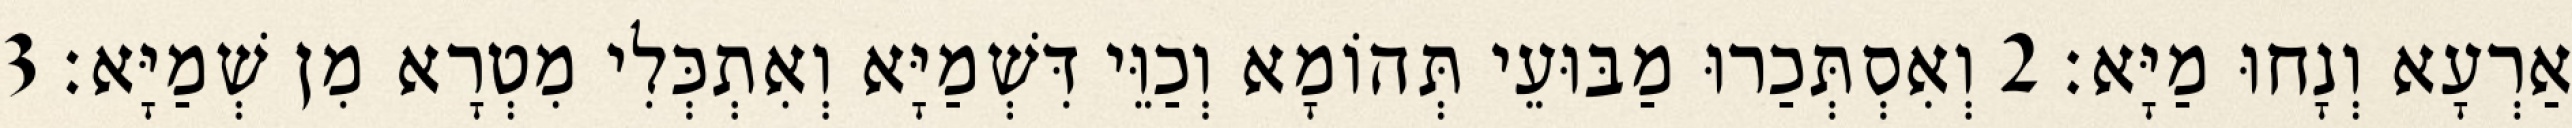
אַרְעָא וְנָחוּ מַיָּא׃ 2 וְאִסְתְּכַרוּ מַבּוּעֵי תְּהוֹמָא וְכַוֵּי דִּשְׁמַיָּא וְאִתְכְּלִי מִטְרָא מִן שְׁמַיָּא׃ 3